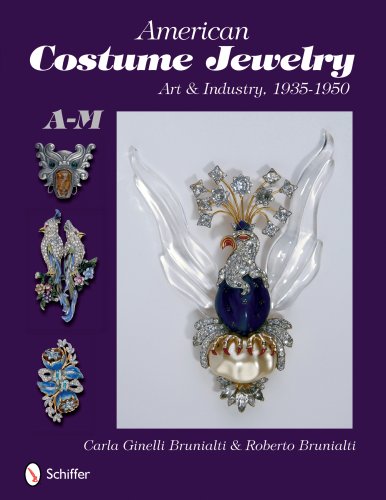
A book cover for American Costume Jewelry: Art & Industry, 1935-1950, A-M; Roberto &. Carla Ginelli Brunalti; Crafts, Hobbies & Home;